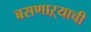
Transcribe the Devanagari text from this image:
बसणाऱ्याची